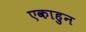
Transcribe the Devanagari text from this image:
एकाहुन